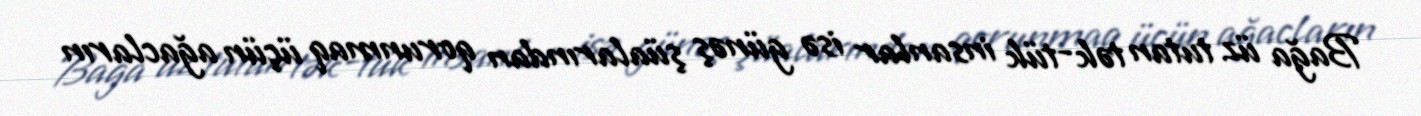
Bağa üz tutan tək-tük insanlar isə günəş şüalarından qorunmaq üçün ağacların